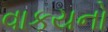
વાકયનો